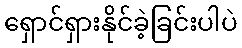
ရှောင်ရှားနိုင်ခဲ့ခြင်းပါပဲ